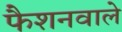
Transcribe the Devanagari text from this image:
फैशनवाले